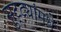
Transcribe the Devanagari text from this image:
सुट्ट्यांमधे